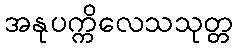
အနုပက္ကိလေသသုတ္တ